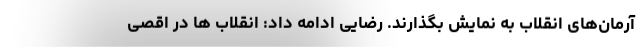
آرمان‌های انقلاب به نمایش بگذارند. رضایی ادامه داد: انقلاب ها در اقصی